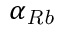
\alpha _ { \ensuremath { \mathit { R b } } }